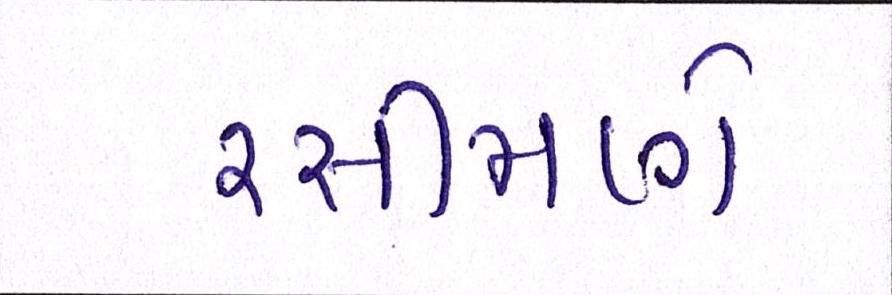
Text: રસીમણે